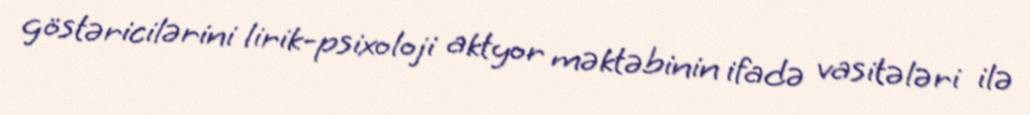
göstəricilərini lirik-psixoloji aktyor məktəbinin ifadə vasitələri ilə